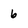
Character: b